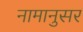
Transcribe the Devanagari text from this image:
नामानुसर